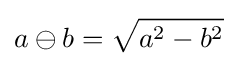
\displaystyle a\ominus b={\sqrt {a^{2}-b^{2}}}